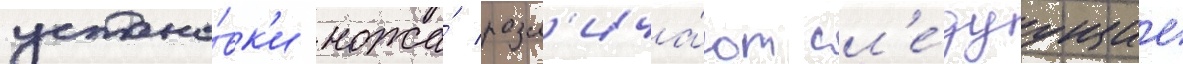
устано́вк'и ножа́ разл'ича́ют сл'е́дуущие